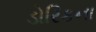
ડોરિકના